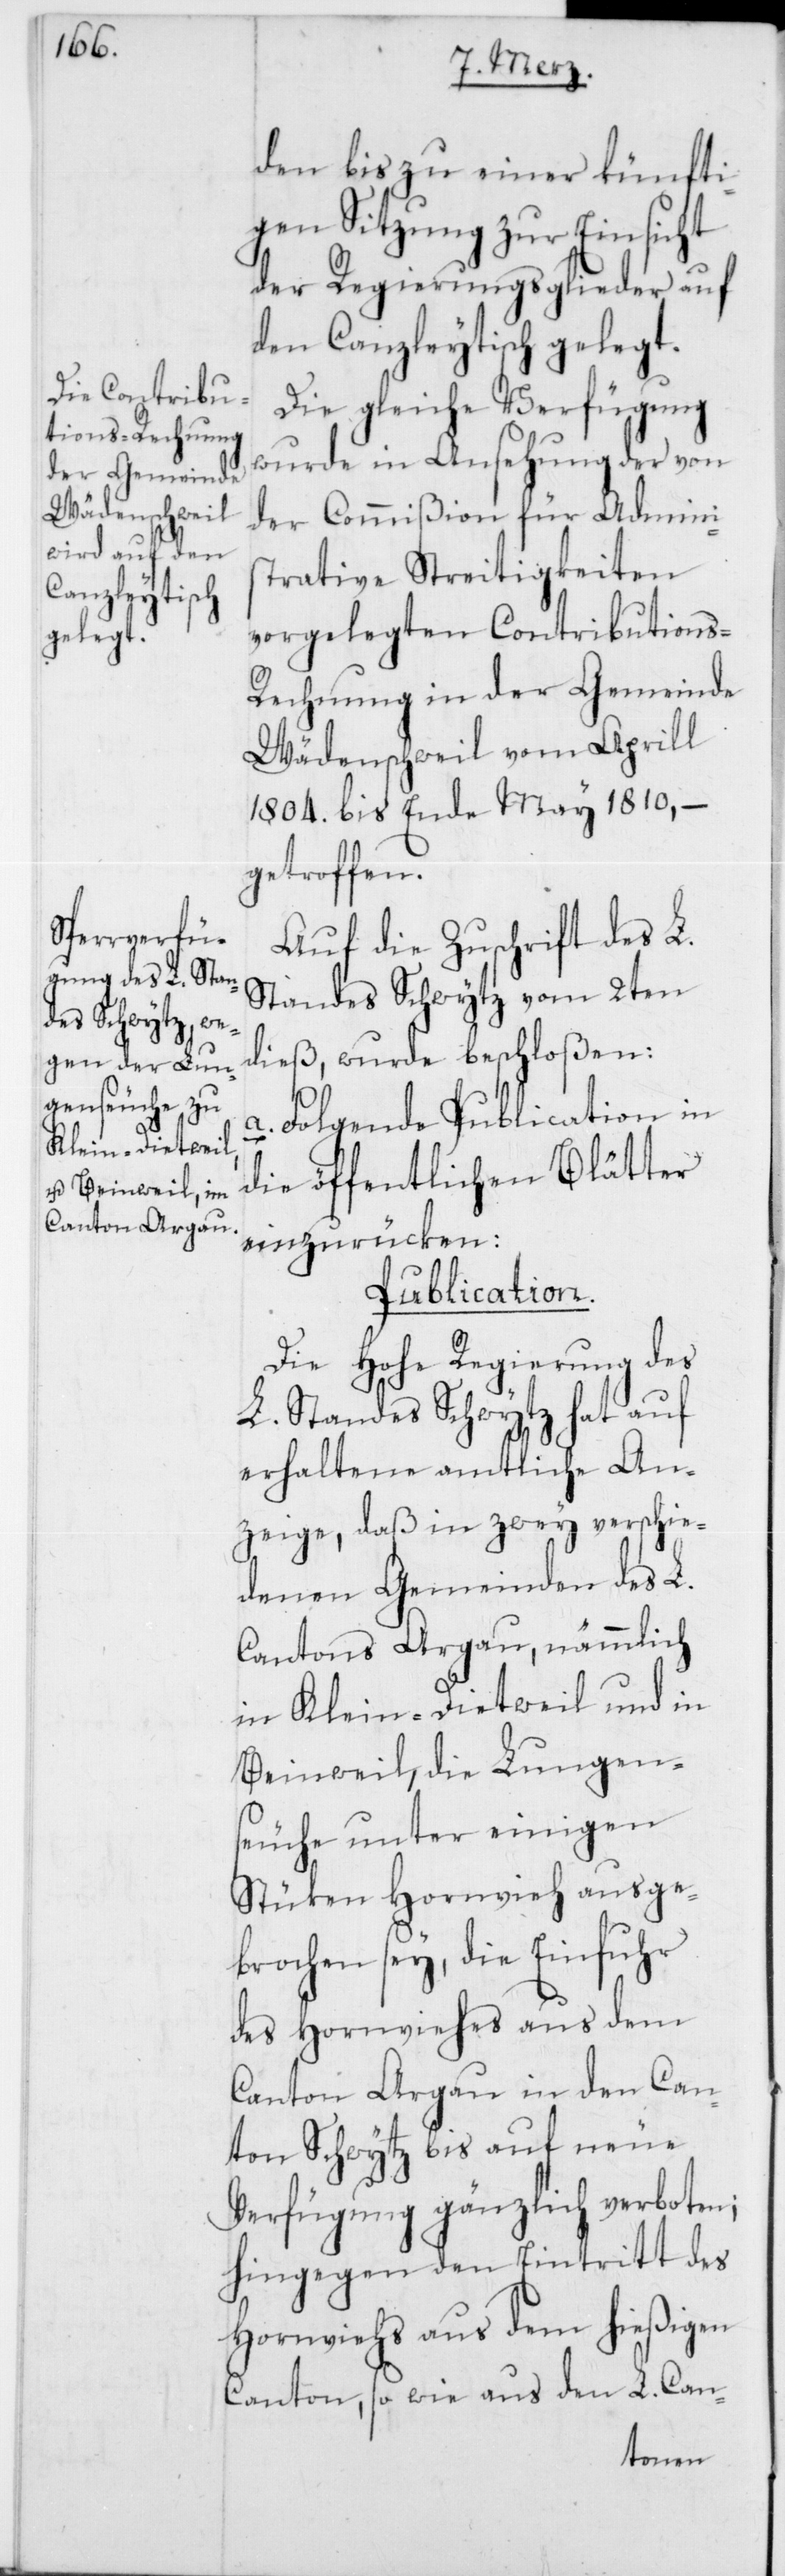
den bis zu einer künfti¬
gen Sitzung zur Einsicht
der Regierungsglieder auf
den Canzleytisch gelegt.
Die gleiche Verfügung
wurde in Ansehung der von
der Commißion für Admini¬
strative Streitigkeiten
vorgelegten Contributions-R¬
echnung in der Gemeinde
Wädenschweil vom Aprill
1804. bis Ende May 1810., –
getroffen.
Auf die Zuschrift des L.
Standes Schwytz vom 2ten
dieß, wurde beschloßen:
a. Folgende Publication in
die öffentlichen Blätter
einzurücken:
Publication.
Die Hohe Regierung des
L. Standes Schwyzz hat auf
erhaltene amtliche An¬
zeige, daß in zwey verschie¬
denen Gemeinden des L.
Cantons Argau, nämmlich
in Klein-Dietweil und in
Beinweil, die Lungen¬
seuche unter einigen
Stüken Hornvieh ausge¬
brochen sey, die Einfuhr
des Hornviehes aus dem
Canton Argau in den Can¬
ton Schwytz bis auf neue
Verfügung gänzlich verboten;
hingegen den Eintritt des
Hornviehs aus dem hießigen
Canton, so wie aus den L. Can-